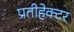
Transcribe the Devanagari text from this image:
प्रतीहेक्टर